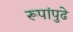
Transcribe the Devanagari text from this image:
रूपांपुढे